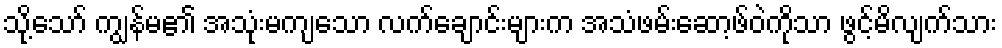
သို့သော် ကျွန်မ၏ အသုံးမကျသော လက်ချောင်းများက အသံဖမ်းဆော့ဖ်ဝဲကိုသာ ဖွင့်မိလျက်သား